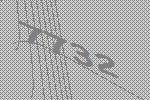
7732